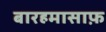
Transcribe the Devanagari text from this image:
बारहमासाफ़